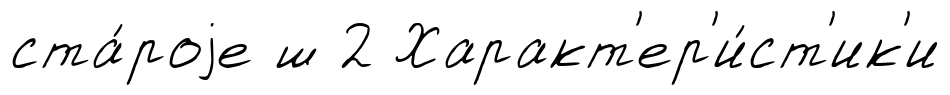
ста́роjе ш 2 Характ'ер'и́ст'ик'и